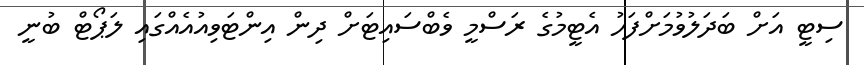
ސިޓީ އަށް ބަދަލުވުމަށްފަހު އެޓީމުގެ ރަސްމީ ވެބްސައިޓަށް ދިން އިންޓަވިއުއެއްގައި ލަޕޯޓް ބުނީ